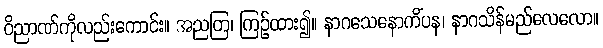
ဝိညာဏ်ကိုလည်းကောင်း။ အညတြ၊ ကြဉ်ထား၍။ နာဂသေနောကိံပန၊ နာဂသိန်မည်လေလော။